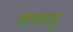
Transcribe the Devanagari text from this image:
वरुसनाडू